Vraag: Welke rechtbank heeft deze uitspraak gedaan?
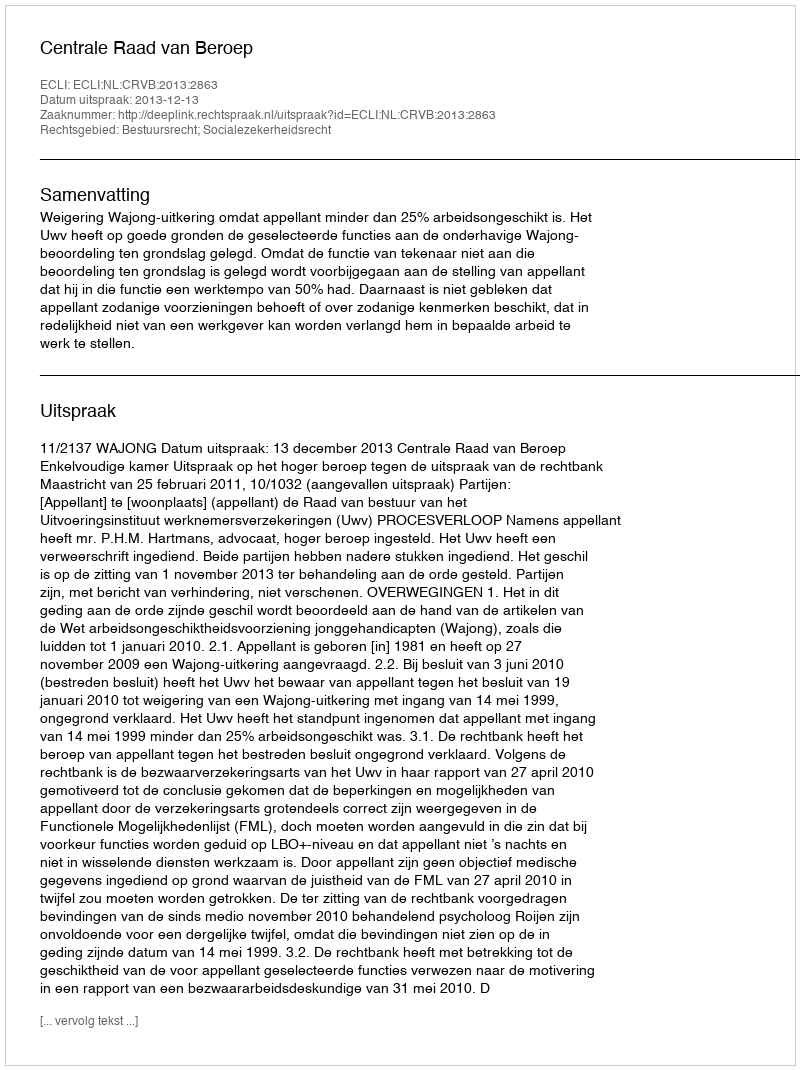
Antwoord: Centrale Raad van Beroep